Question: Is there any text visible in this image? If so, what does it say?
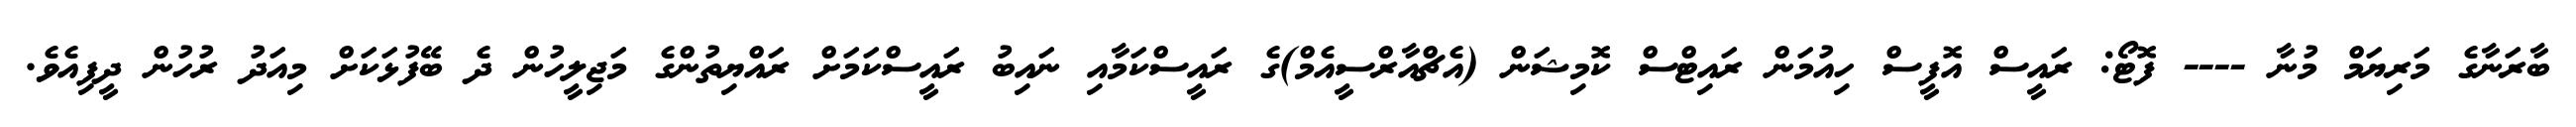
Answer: ބާރަނާގެ މަރިޔަމް މުނާ ---- ފޮޓޯ: ރައީސް އޮފީސް ހިއުމަން ރައިޓްސް ކޮމިޝަން (އެޗްއާރްސީއެމް)ގެ ރައީސްކަމާއި ނައިބު ރައީސްކަމަށް ރައްޔިތުންގެ މަޖިލީހުން ދެ ބޭފުޅަކަށް މިއަދު ރުހުން ދީފިއެވެ.